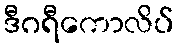
ဒီဂရီကောလိပ်